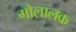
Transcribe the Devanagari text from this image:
गोलालक